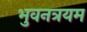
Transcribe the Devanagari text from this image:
भुवनत्रयम